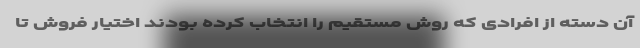
آن دسته از افرادی که روش مستقیم را انتخاب کرده بودند اختیار فروش تا